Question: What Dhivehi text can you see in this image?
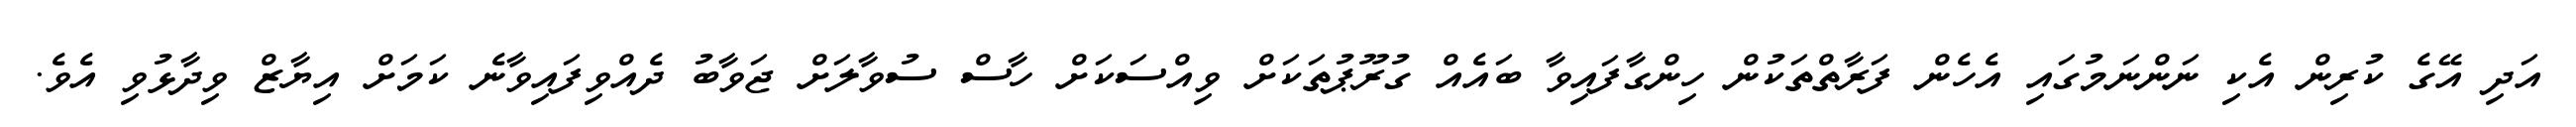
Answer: އަދި އޭގެ ކުރިން އެކި ނަންނަމުގައި އެހެން ފަރާތްތަކުން ހިންގާފައިވާ ބައެއް ގުރޫޕުތަކަށް ވިއްސަކަށް ހާސް ސުވާލަށް ޖަވާބު ދެއްވިފައިވާނެ ކަމަށް އިޔާޒް ވިދާޅުވި އެވެ.